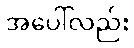
အပေါ်လည်း